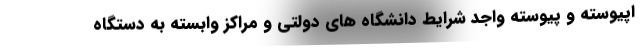
اپیوسته و پیوسته واجد شرایط دانشگاه های دولتی و مراکز وابسته به دستگاه